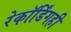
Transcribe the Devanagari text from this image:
रेकॉर्डिंगही